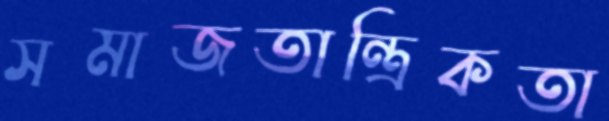
সমাজতান্ত্রিকতা